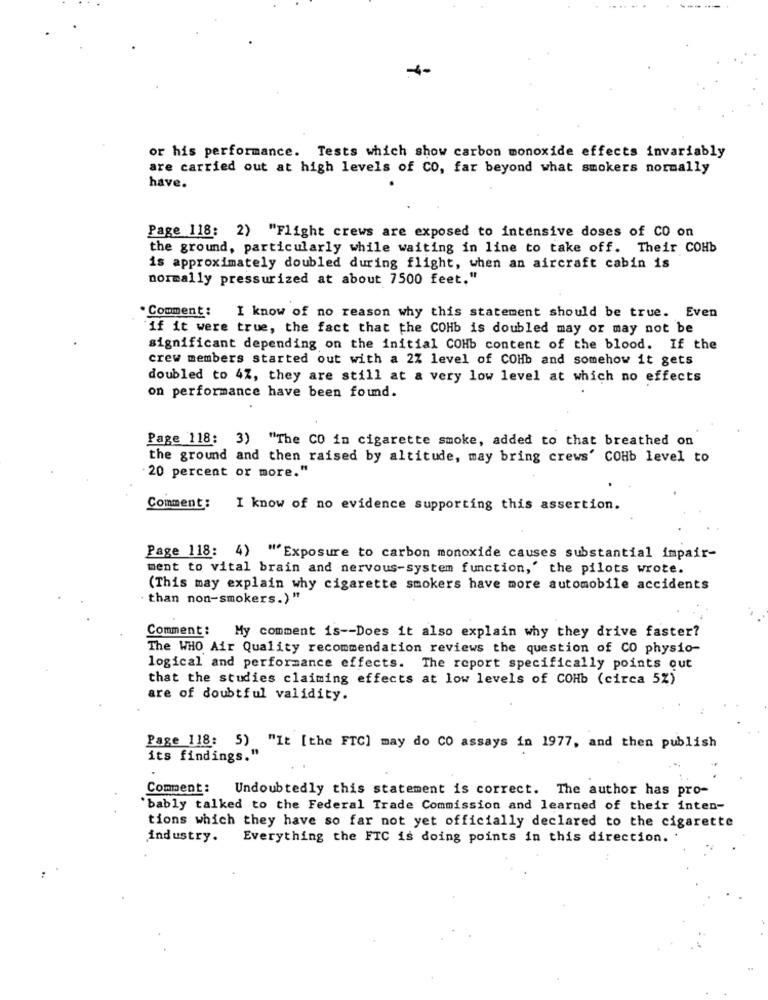
or his performance. Tests which show carbon monoxide effects invariably
are carried out at high levels of CO, far beyond what smokers normally
have.
Page 118: 2) "Flight crews are exposed to intensive doses of CO on
the ground, particularly while waiting in line to take off. Their COHb
is approximately doubled during flight, when an aircraft cabin is
normally pressurized at about 7500 feet."
. Comment: I know of no reason why this statement should be true. Even
if it were true, the fact that the COHb is doubled may or may not be
significant depending on the initial COHb content of the blood. If the
crew members started out with a 2% level of COHb and somehow it gets
doubled to 4Z, they are still at a very low level at which no effects
on performance have been found.
Page 118: 3) "The CO in cigarette smoke, added to that breathed on
the ground and then raised by altitude, may bring crews' COHb level to
20 percent or more."
Comment:
I know of no evidence supporting this assertion.
Page 118: 4) "Exposure to carbon monoxide causes substantial impair-
ment to vital brain and nervous-system function,' the pilots wrote.
(This may explain why cigarette smokers have more automobile accidents
· than non-smokers.) "
Comment :
My comment is -- Does it also explain why they drive faster?
The WHO Air Quality recommendation reviews the question of CO physio-
logical and performance effects. The report specifically points out
that the studies claiming effects at low levels of COHb (circa 5%)
are of doubtful validity.
Page 118: 5) "It [the FTC] may do CO assays in 1977, and then publish
its findings."
Comment :
Undoubtedly this statement is correct. The author has pro-
'bably talked to the Federal Trade Commission and learned of their inten-
tions which they have so far not yet officially declared to the cigarette
industry.
Everything the FTC is doing points in this direction.